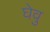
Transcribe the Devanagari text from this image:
घेवु